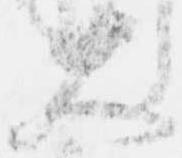
大